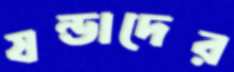
ষন্ডাদের